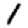
Digit: 1